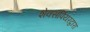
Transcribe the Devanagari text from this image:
शेक्सपियरद्वारा